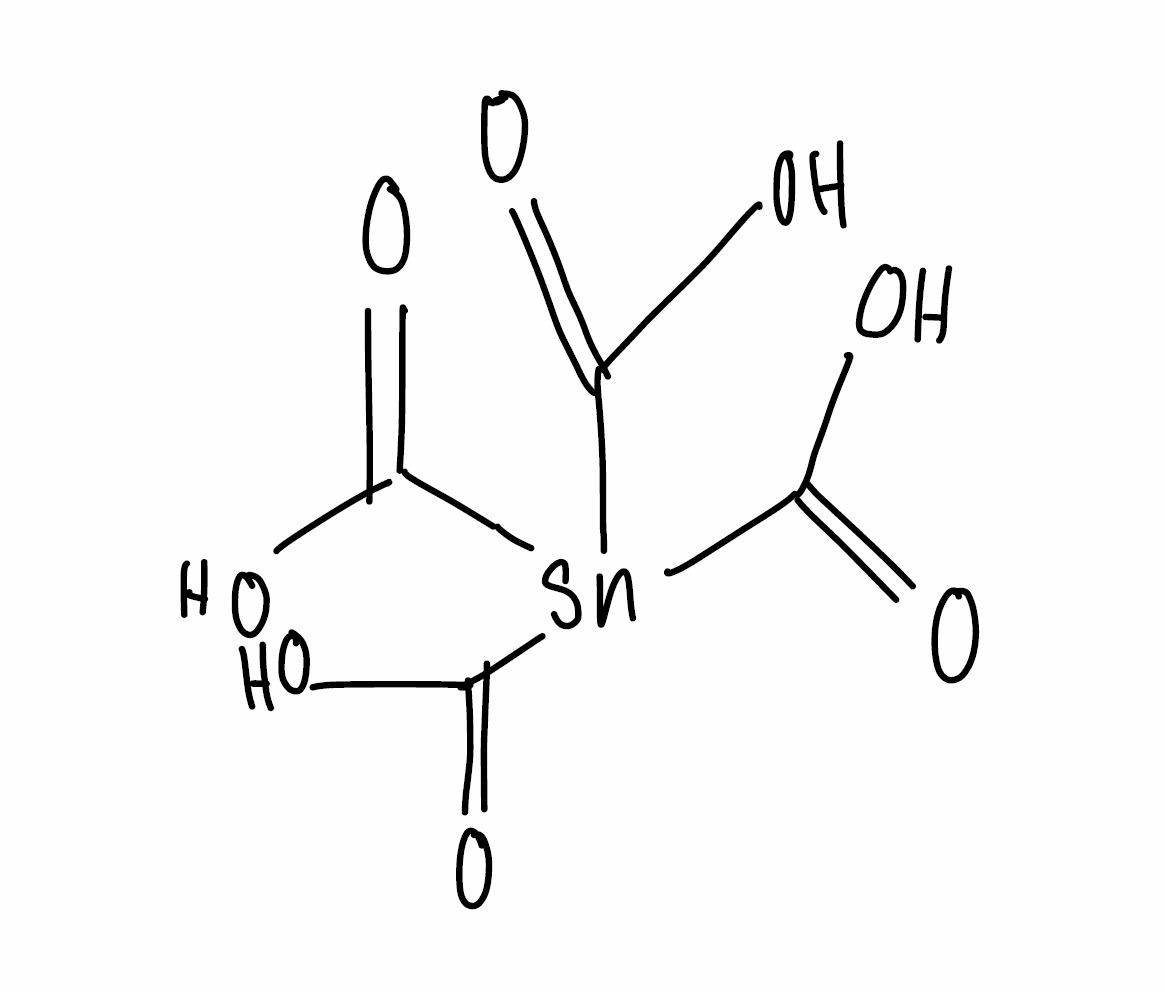
Simplified molecular-input line-entry system (SMILES) notation of the given molecule:
C(=O)(O)[Sn](C(=O)O)(C(=O)O)C(=O)O